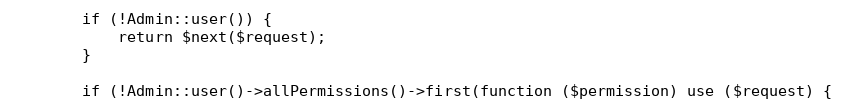
Language: PHP
        if (!Admin::user()) {
            return $next($request);
        }

        if (!Admin::user()->allPermissions()->first(function ($permission) use ($request) {